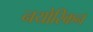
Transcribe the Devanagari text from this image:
नयोरिकन